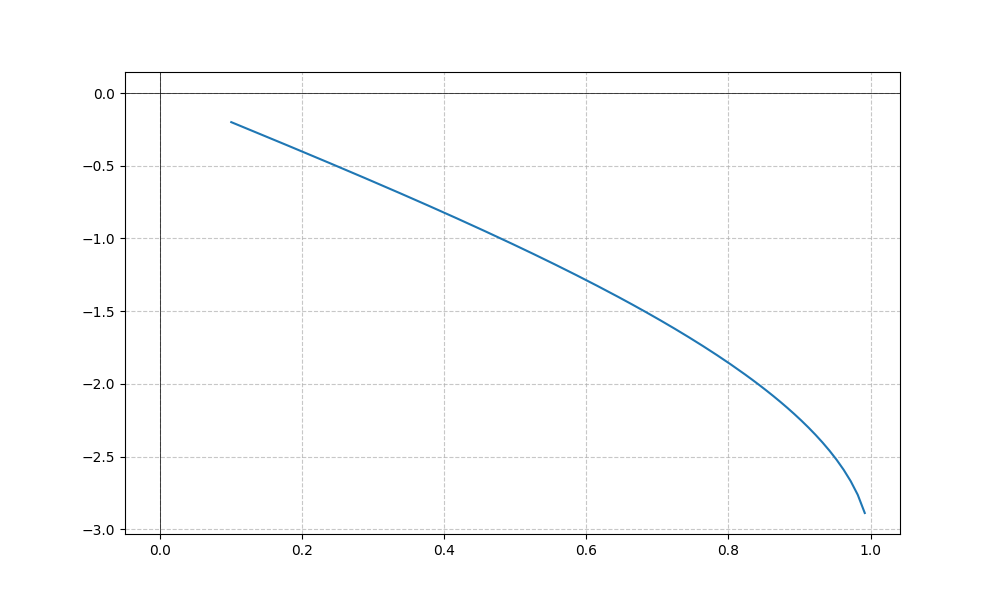
LaTeX formula: - \operatorname{acos}{\left(- x \right)} + \operatorname{acos}{\left(x \right)}